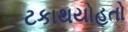
ટકાથયોહતો